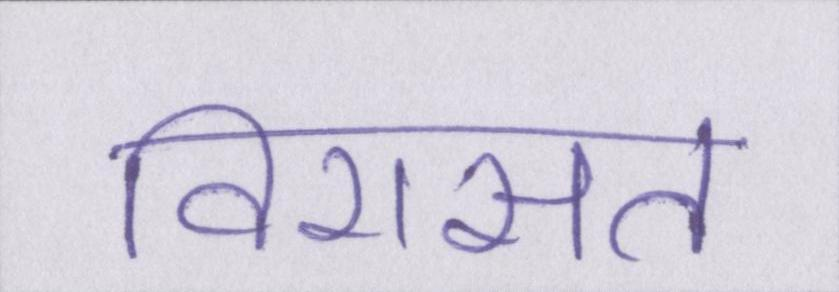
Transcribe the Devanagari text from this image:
विरासत